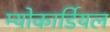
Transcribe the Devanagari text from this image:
म्योकार्डियल